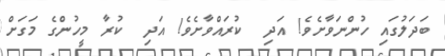
ބަދަލުގައި ހުންނަވާށެވެ! އަދި  ކުރައްވާށެވެ! އަދި  ކުރާ މީހުންގެ މަގަށް